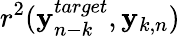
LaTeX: r^{2}({\mathbf y}_{n-k}^{target},{\mathbf y}_{k,n})